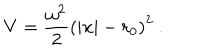
V = \frac { \omega ^ { 2 } } { 2 } \left( | { \bf x } | - r _ { 0 } \right) ^ { 2 } \ .